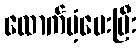
ထောက်ပံ့ပေးပြီး